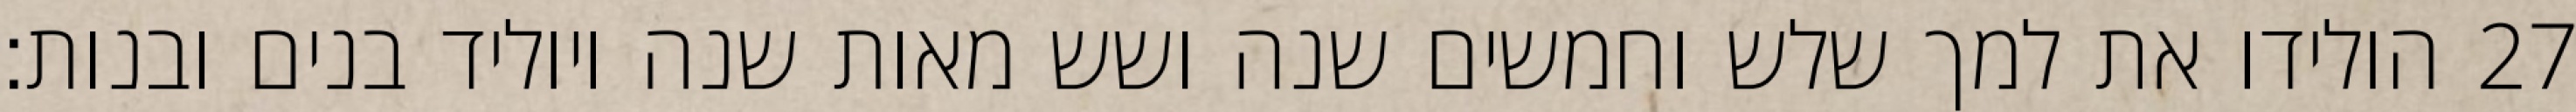
הולידו את למך שלש וחמשים שנה ושש מאות שנה ויוליד בנים ובנות׃ ‎27‏